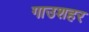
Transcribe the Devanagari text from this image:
गाउशहर